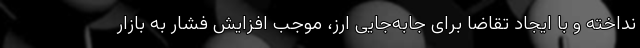
نداخته و با ایجاد تقاضا برای جابه‌جایی ارز، موجب افزایش فشار به بازار